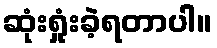
ဆုံးရှုံးခဲ့ရတာပါ။